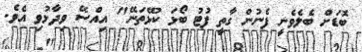
ބޮޑަށް ބެލެވެނީ ފެނުން ގާތީ ފުޓު ބޯޅަ ކުޅޭތަނޭ" އިއްސޭ ވިދާޅުވި އެވެ.